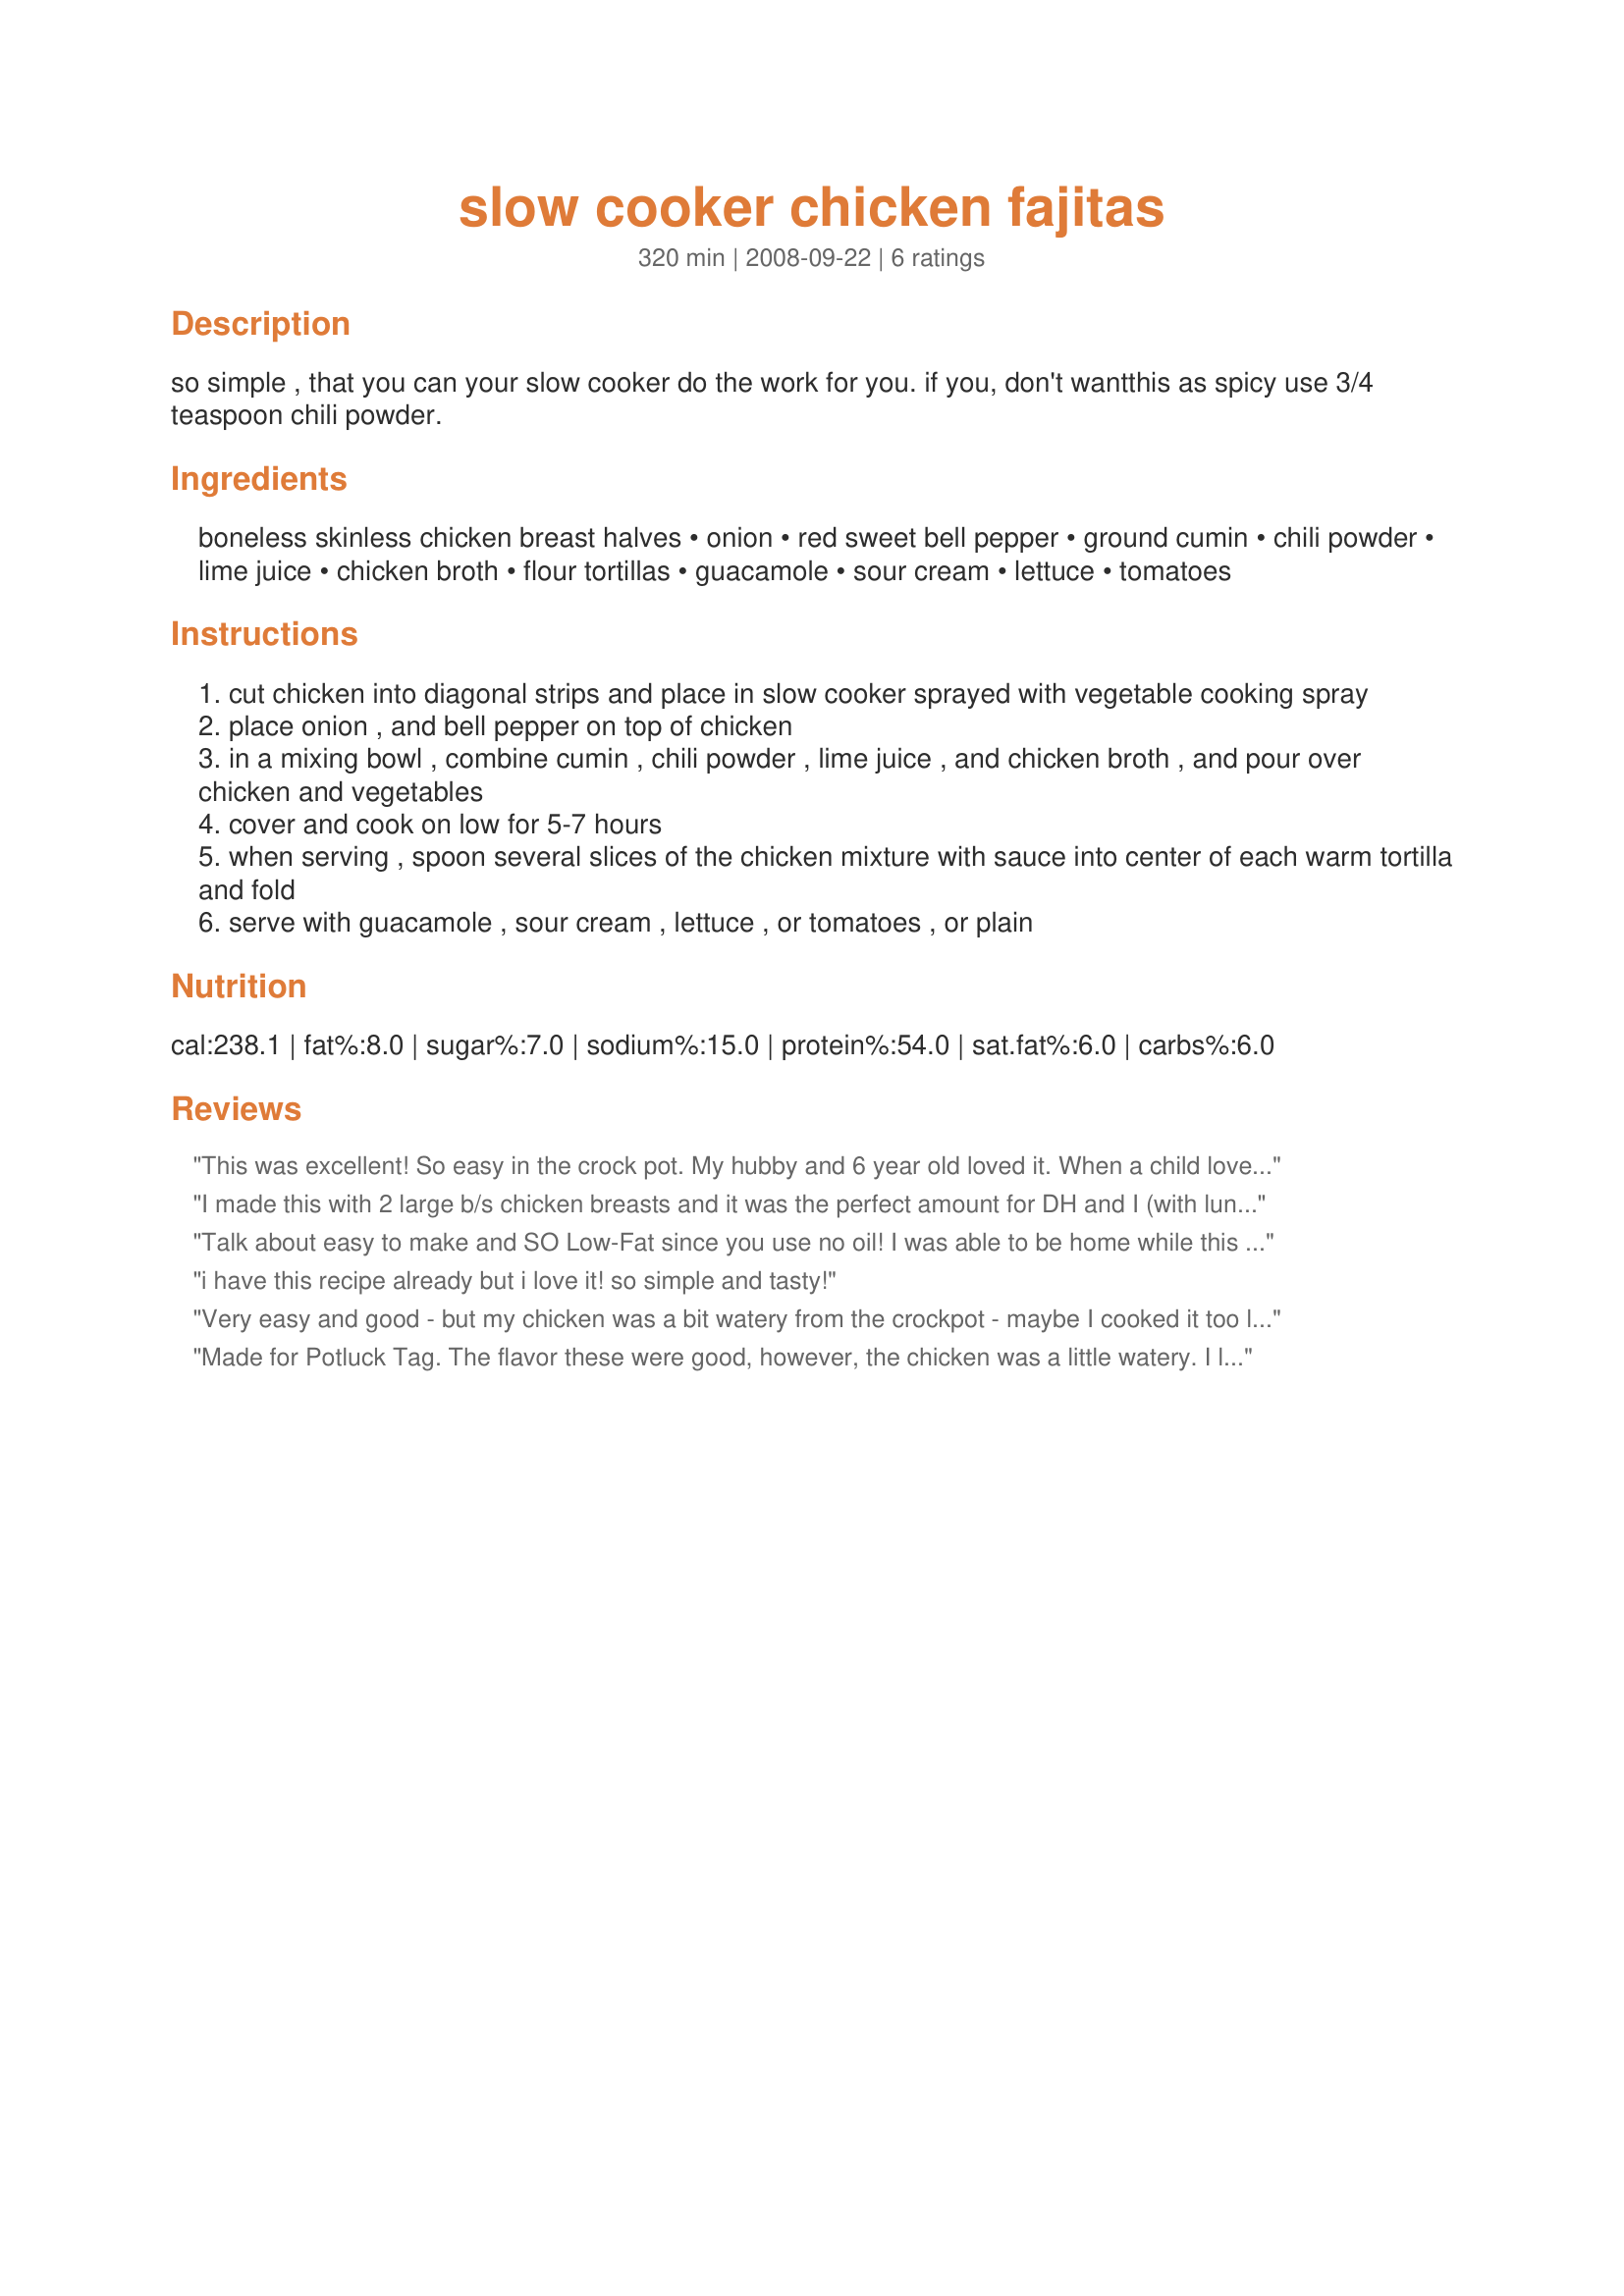
slow cooker chicken fajitas
Preparation time: 320 minutes

so simple , that you can your slow cooker do the work for you. if you, don't wantthis as spicy use 3/4 teaspoon chili powder.

Ingredients:
boneless skinless chicken breast halves, onion, red sweet bell pepper, ground cumin, chili powder, lime juice, chicken broth, flour tortillas, guacamole, sour cream, lettuce, tomatoes

Steps:
cut chicken into diagonal strips and place in slow cooker sprayed with vegetable cooking spray
place onion , and bell pepper on top of chicken
in a mixing bowl , combine cumin , chili powder , lime juice , and chicken broth , and pour over chicken and vegetables
cover and cook on low for 5-7 hours
when serving , spoon several slices of the chicken mixture with sauce into center of each warm tortilla and fold
serve with guacamole , sour cream , lettuce , or tomatoes , or plain

Reviews:
This was excellent! So easy in the crock pot. My hubby and 6 year old loved it. When a child loves the food you know its good!
I made this with 2 large b/s chicken breasts and it was the perfect amount for DH and I (with lunch leftovers for DH). The chicken was tender, juicy and not too spicy. The onions and peppers on top of the chicken was perfect; they didn't cook in the juices and get all mushy. Served with diced tomatoes, sour cream, salsa and shredded cheese. Made for PRMR.
Talk about easy to make and SO Low-Fat since you use no oil! I was able to be home while this cooked so I set it on high. I cooked the meat and spices on high for 2 hours, stirring every half hour. I did not use any broth at all. After 2 hours I added the onions and red, green and yellow peppers. Continuing to cook on high, it took less then two hours for the veggies to cook. I will use this recipe again, than you for posting. Made for Please Review My Recipe game 2010
i have this recipe already but i love it! so simple and tasty!
Very easy and good - but my chicken was a bit watery from the crockpot - maybe I cooked it too long! Thanks for sharing!
Made for Potluck Tag. The flavor these were good, however, the chicken was a little watery. I liked the convenience of letting the crock pot do the work. Will make these again with less liquid the next time. Thanks for posting this WeekendCooker!
